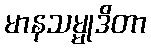
မာနသမ္မုဒိတာ